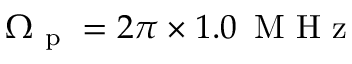
\Omega _ { \mathrm { ~ p ~ } } = 2 \pi \times 1 . 0 \, \mathrm { ~ M ~ H ~ z ~ }